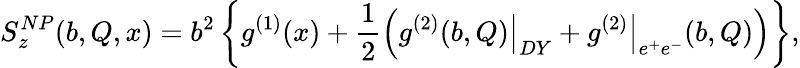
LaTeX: S_{z}^{NP}(b,Q,x)=b^{2}\left\{ g^{(1)}(x)+\frac{1}{2}\Bigl(\left.g^{(2)}(b,Q)\right|_{DY}+\left.g^{(2)}\right|_{e^{+}e^{-}}(b,Q)\Bigr)\right\} ,